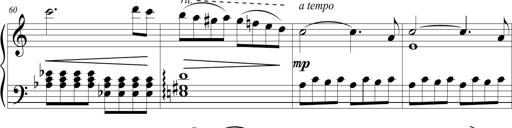
Title: Sonatina (Piano Sonata No.9)
Composer: Richard St. Clair